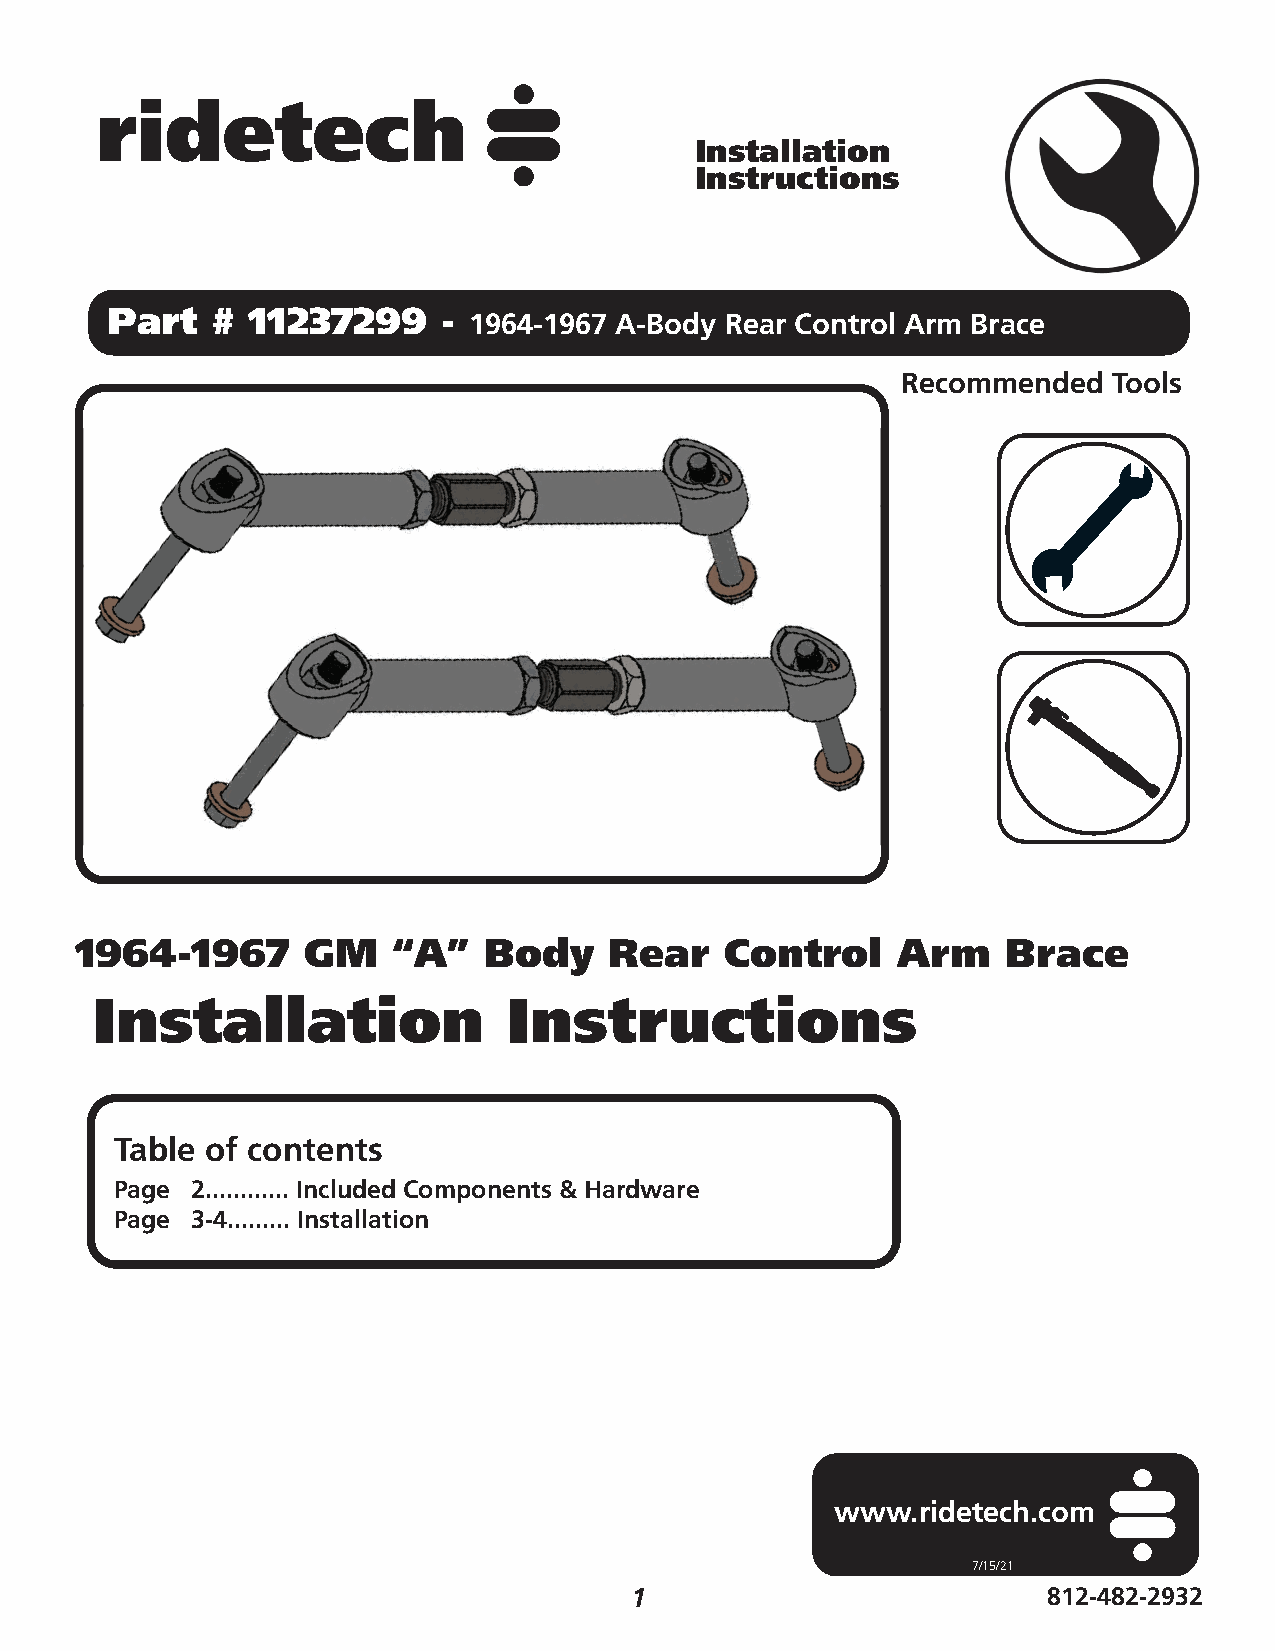
Installation
 Instructions
 Part   # 11237299     -
 1964-1967 A-Body Rear Control Arm Brace
 Recommended   Tools
 1964-1967      GM    “A”   Body    Rear    Control    Arm     Brace
 Installation                Instructions
 Table of contents
 Page 2............ Included Components & Hardware
 Page 3-4......... Installation
 www.ridetech.com
 7/15/21
 1                          812-482-2932